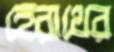
হেরাথের